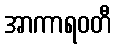
အာကာရဝတီ